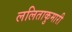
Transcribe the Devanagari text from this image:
ललिताकुमारी